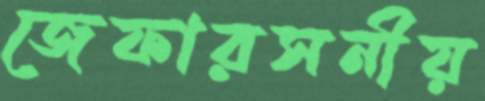
জেফারসনীয়